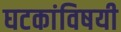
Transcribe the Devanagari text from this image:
घटकांविषयी